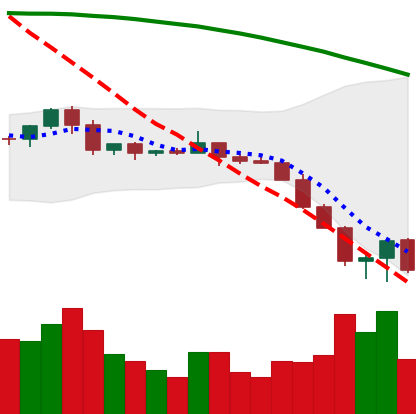
Ticker: ETC-USD
Chart end date: 2022-06-16
Forward return: 16.541%
Label: up_7plus